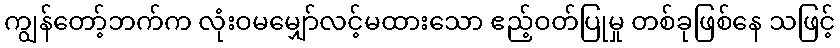
ကျွန်တော့်ဘက်က လုံးဝမမျှော်လင့်မထားသော ဧည့်ဝတ်ပြုမှု တစ်ခုဖြစ်နေ သဖြင့်